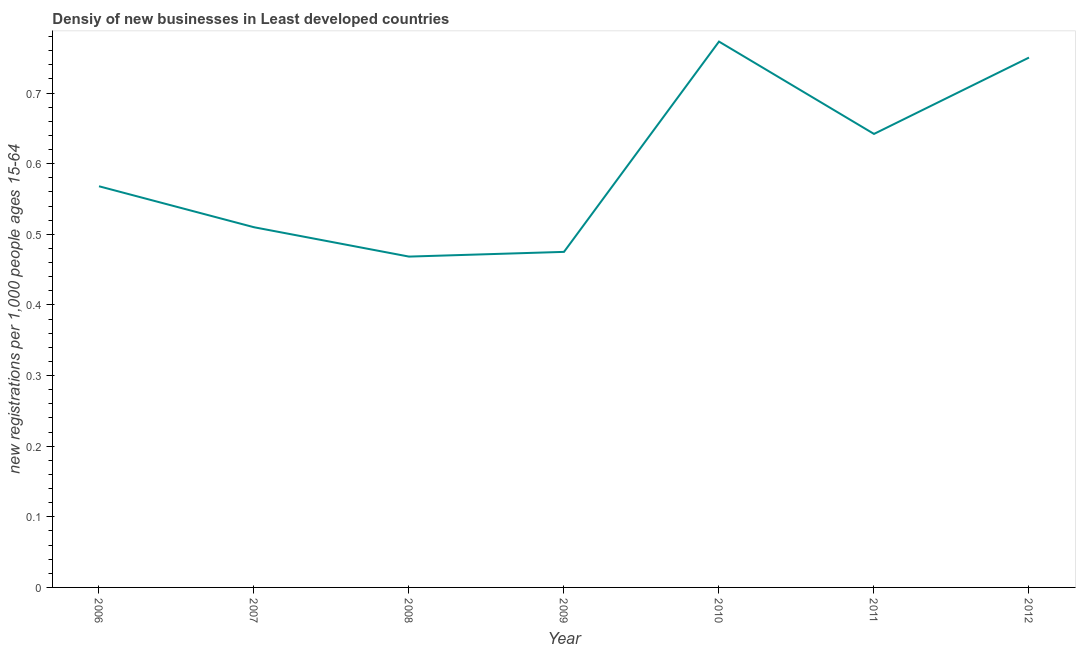
| Year | New business density |
 | --- | --- |
 | 2006 | 0.568 |
 | 2007 | 0.51 |
 | 2008 | 0.468 |
 | 2009 | 0.475 |
 | 2010 | 0.773 |
 | 2011 | 0.642 |
 | 2012 | 0.75 |